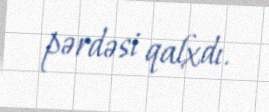
pərdəsi qalxdı.